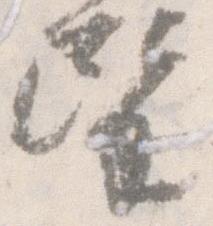
望